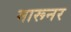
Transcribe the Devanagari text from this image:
मारूनर